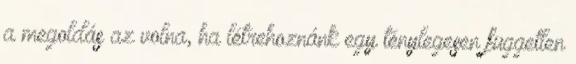
a megoldás az volna, ha létrehoznánk egy ténylegesen független